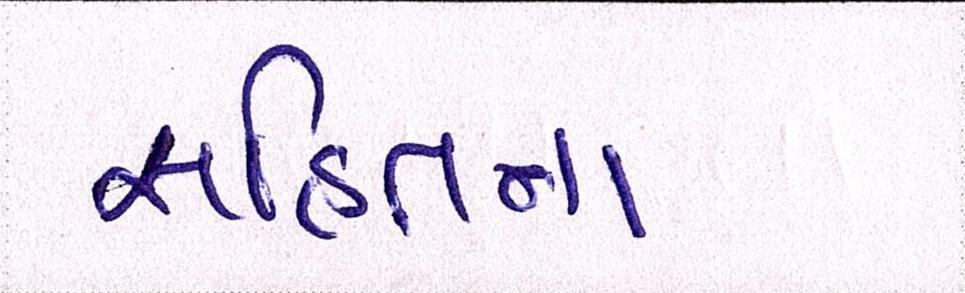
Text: સહિતના